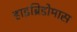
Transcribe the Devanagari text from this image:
हाइब्रिडोमास